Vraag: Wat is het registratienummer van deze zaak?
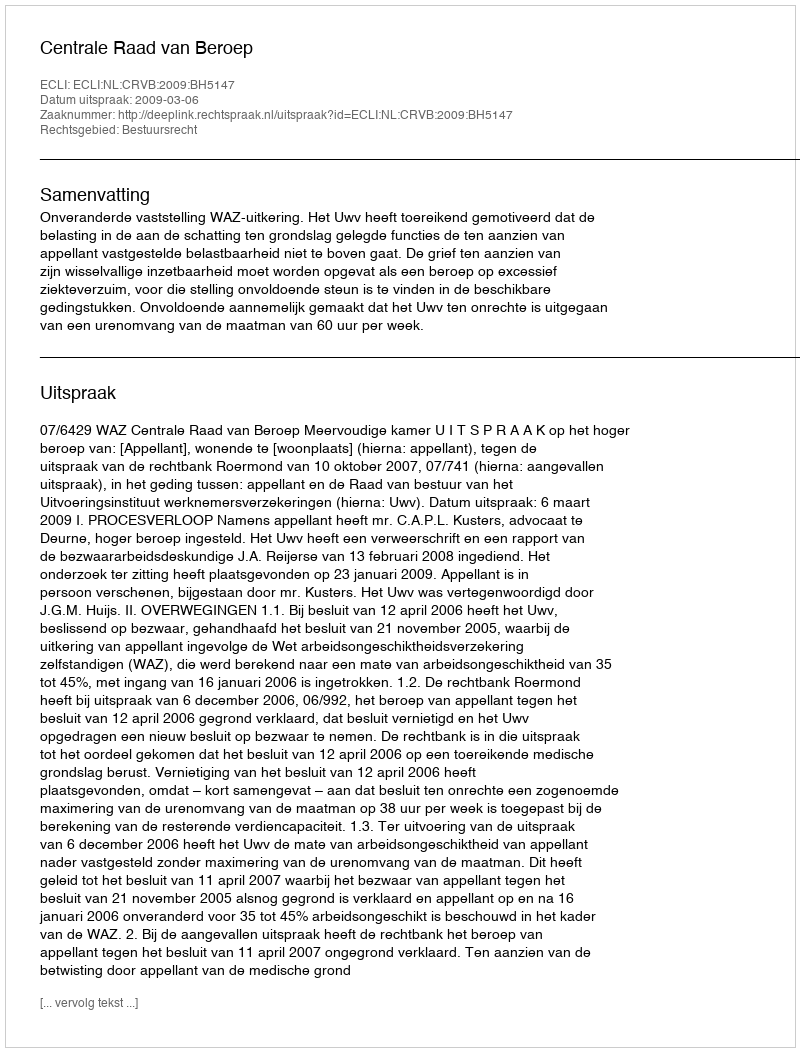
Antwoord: http://deeplink.rechtspraak.nl/uitspraak?id=ECLI:NL:CRVB:2009:BH5147